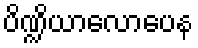
ပိဏ္ဍိယာလောပေန